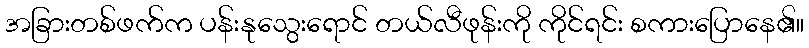
အခြားတစ်ဖက်က ပန်းနုသွေးရောင် တယ်လီဖုန်းကို ကိုင်ရင်း စကားပြောနေ၏။